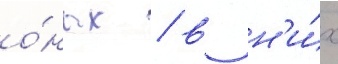
о́ных / в н'и́х